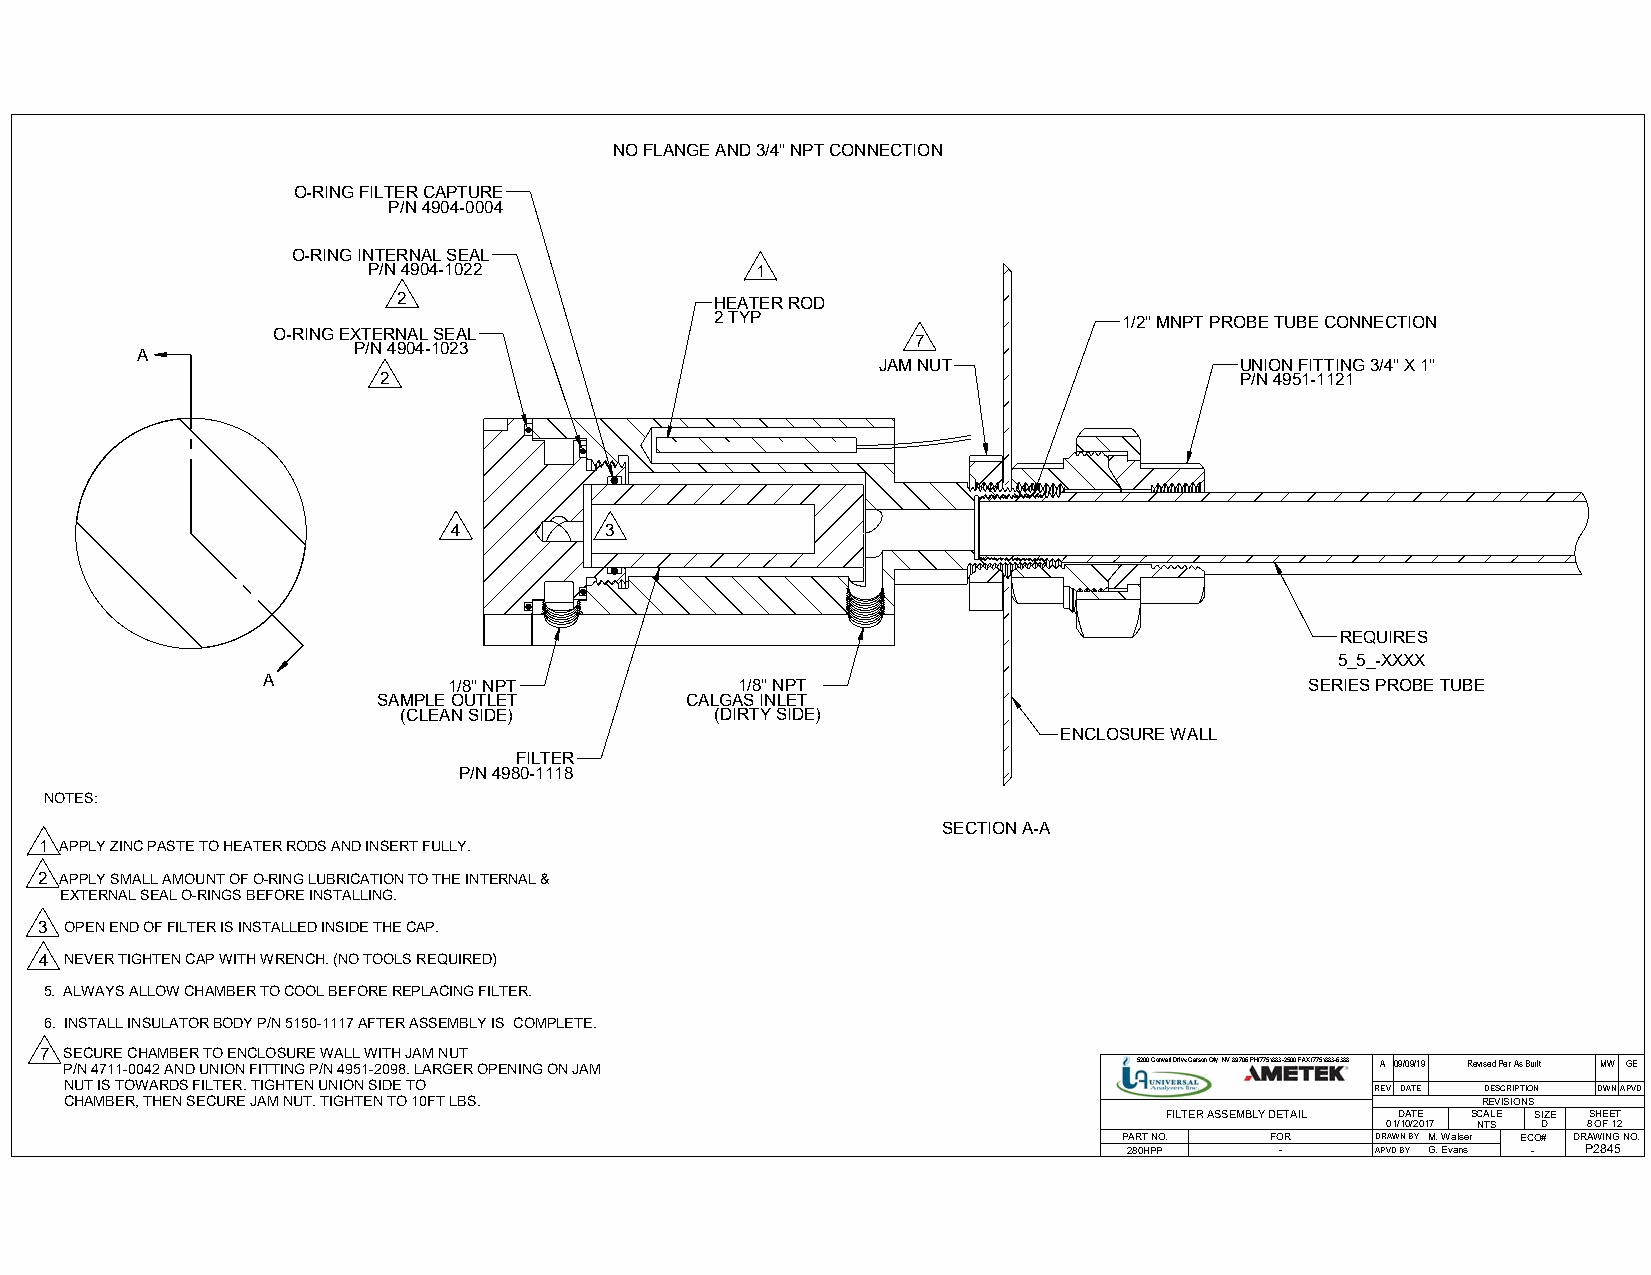
NO FLANGE AND 3/4" NPT CONNECTION
 O-RING FILTER CAPTURE
 P/N 4904-0004
 O-RING INTERNAL SEAL
 P/N 4904-1022             1
 2                    HEATER ROD
 2 TYP                      1/2" MNPT PROBE TUBE CONNECTION
 O-RING EXTERNAL SEAL
 7
 P/N 4904-1023
 A
 JAM NUT                 UNION FITTING 3/4" X 1"
 2                                                        P/N 4951-1121
 4         3
 REQUIRES
 5_5_-XXXX
 A            1/8" NPT           1/8" NPT                              SERIES PROBE TUBE
 SAMPLE OUTLET       CALGAS INLET
 (CLEAN SIDE)        (DIRTY SIDE)
 ENCLOSURE WALL
 FILTER
 P/N 4980-1118
 NOTES:
 SECTION A-A
 1 APPLY ZINC PASTE TO HEATER RODS AND INSERT FULLY.
 2 APPLY SMALL AMOUNT OF O-RING LUBRICATION TO THE INTERNAL &
 EXTERNAL SEAL O-RINGS BEFORE INSTALLING.
 3 OPEN END OF FILTER IS INSTALLED INSIDE THE CAP.
 4 NEVER TIGHTEN CAP WITH WRENCH. (NO TOOLS REQUIRED)
 5. ALWAYS ALLOW CHAMBER TO COOL BEFORE REPLACING FILTER.
 6. INSTALL INSULATOR BODY P/N 5150-1117 AFTER ASSEMBLY IS COMPLETE.
 7 SECURE CHAMBER TO ENCLOSURE WALL WITH JAM NUT
 P/N 4711-0042 AND UNION FITTING P/N 4951-2098. LARGER OPENING ON JAM   5200 Convair Drive Carson City, NV 89706 PH(775)883-2500 FAX (775)883-6388 A 09/09/19 Revised Per As Built MW GE
 NUT IS TOWARDS FILTER. TIGHTEN UNION SIDE TO                                           REV DATE DESCRIPTION DWNAPVD
 CHAMBER, THEN SECURE JAM NUT. TIGHTEN TO 10FT LBS.                                            REVISIONS
 FILTER ASSEMBLY DETAIL DATE SCALE SIZE SHEET
 01/10/2017 NTS D 8 OF 12
 PART NO.  FOR    DRAWN BY M. Walser ECO# DRAWING NO.
 280HPP    -     APVD BY G. Evans - P2845